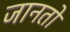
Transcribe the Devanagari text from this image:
जानतो